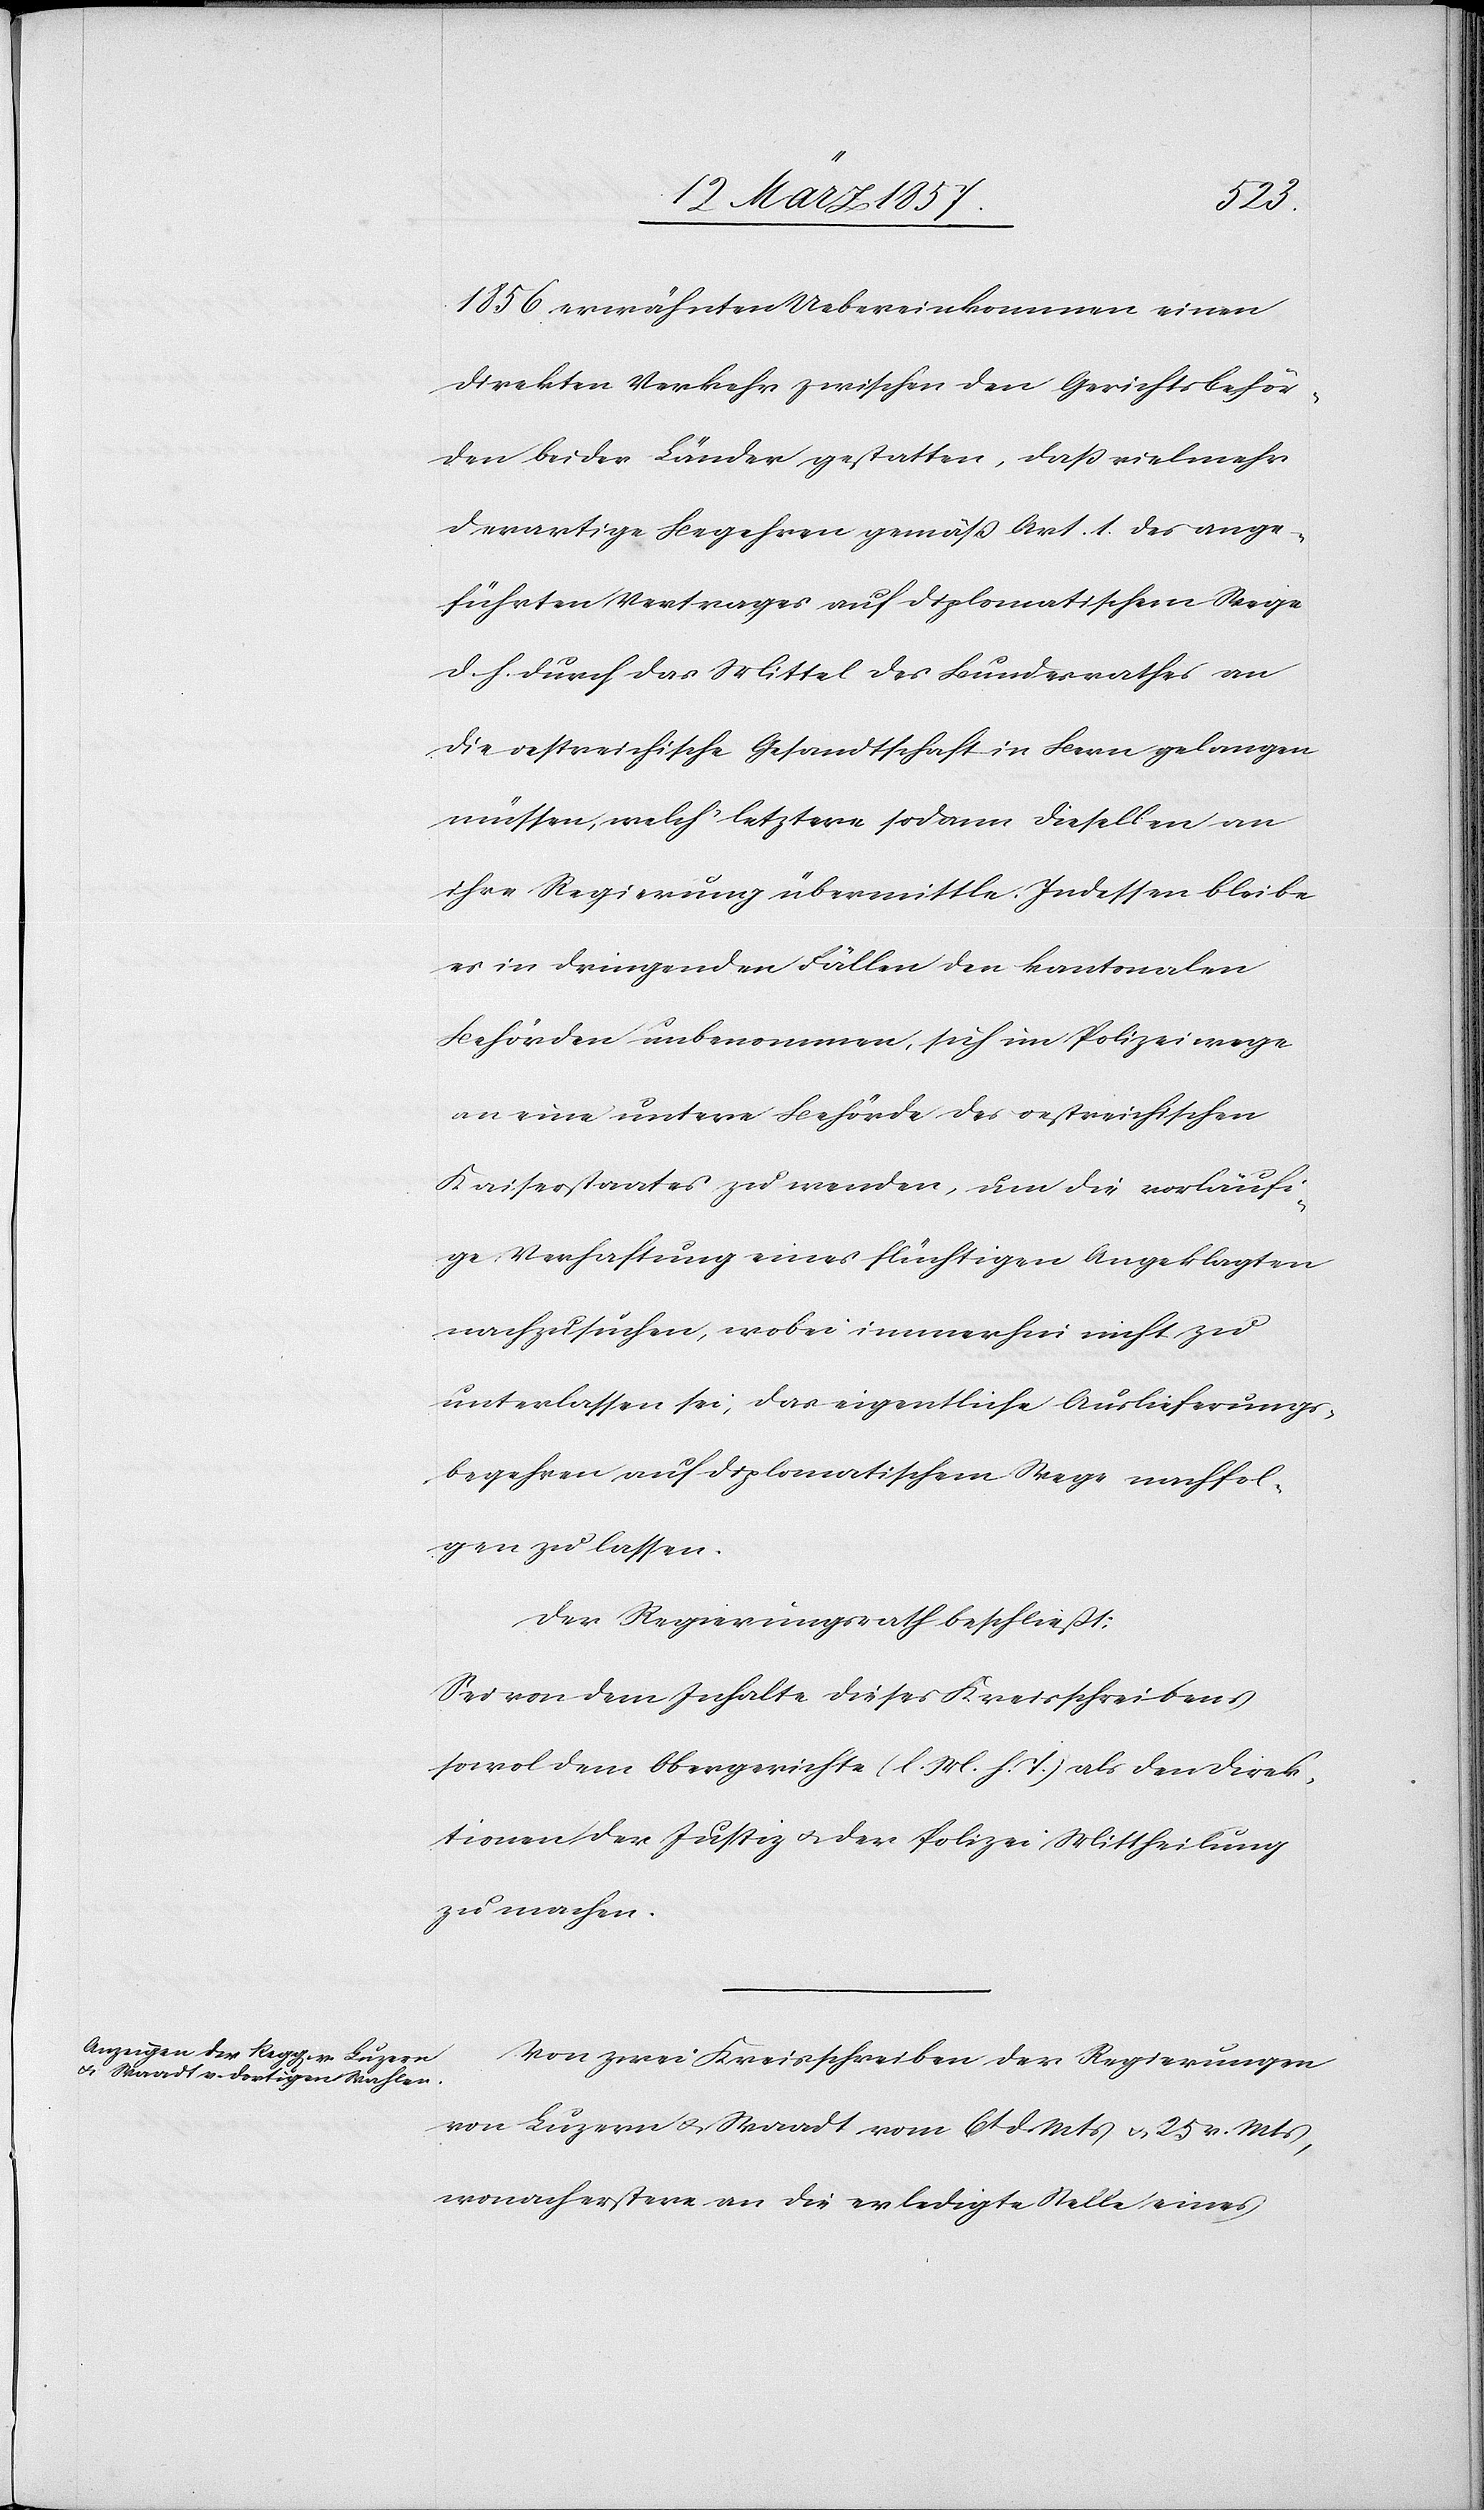
1856 erwähnten Uebereinkommen einen
direkten Verkehr zwischen den Gerichtsbehör¬
den beider Länder gestatten, daß vielmehr
derartige Begehren gemäß Art. 1. des ange¬
führten Vertrages auf diplomatischem Wege
d. h. durch das Mittel des Bundesrathes an
die oestreichische Gesandtschaft in Bern gelangen
müssen, welch‘ letztere sodann dieselben an
ihre Regierung übermittle. Indessen bleibe
es in dringenden Fällen den kantonalen
Behörden unbenommen, sich im Polizeiwege
an eine untere Behörde des oestreichischen
Kaiserstaates zu wenden, um die vorläufi¬
ge Verhaftung eines flüchtigen Angeklagten
nachzusuchen, wobei immerhin nicht zu
unterlassen sei, das eigentliche Auslieferungs¬
begehren auf diplomatischem Wege nachfol¬
gen zu lassen.
Der Regierungsrath beschließt:
Sei von dem Inhalte dieses Kreisschreibens
sowol dem Obergerichte (l. M. h. T.) als den Direk¬
tionen der Justiz u. der Polizei Mittheilung
zu machen.
Von zwei Kreisschreiben der Regierungen
von Luzern u. Waadt vom 6t d. Mts u. 25 v. Mts,
wonach erstere an die erledigte Stelle eines